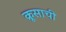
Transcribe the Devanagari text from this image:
क्रूसाची